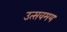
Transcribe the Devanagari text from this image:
उत्सवमय